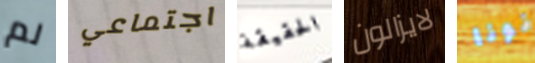
لم اجتماعي الحقيقة لايزالون نونا